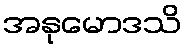
အနုမောဒသိ